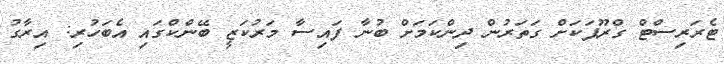
ޓެރަރިސްޓް ގްރޫޕަކަށް ގަތަރުން ދިންކަމަށް ބުނާ ފައިސާ މަރުކަޒީ ބޭންކްގައި އެބަހުރި: އިރާގު